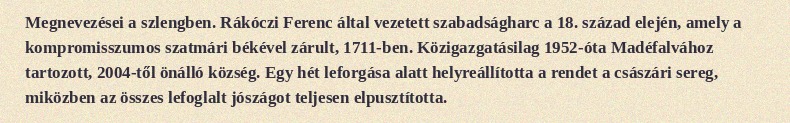
Megnevezései a szlengben. Rákóczi Ferenc által vezetett szabadságharc a 18. század elején, amely a kompromisszumos szatmári békével zárult, 1711-ben. Közigazgatásilag 1952-óta Madéfalvához tartozott, 2004-től önálló község. Egy hét leforgása alatt helyreállította a rendet a császári sereg, miközben az összes lefoglalt jószágot teljesen elpusztította.